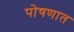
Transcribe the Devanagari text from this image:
पोषणात